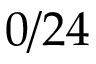
0 / 2 4